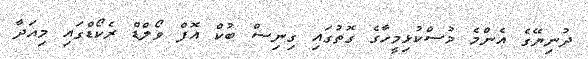
ދުނިޔޭގެ އެންމެ މުސްކުޅިމީހާގެ ގޮތުގައި ގިނިސް ބުކް އޮފް ވޯލްޑް ރެކޯޑްގައި މިއަދާ